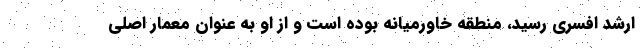
ارشد افسری رسید، منطقه خاورمیانه بوده است و از او به عنوان معمار اصلی